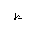
Letter: _da